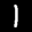
Label: 1